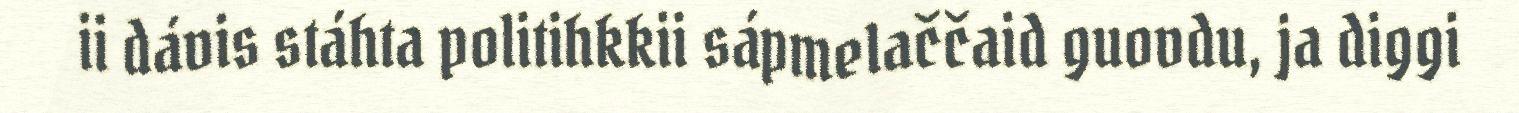
ii dávis stáhta politihkkii sápmelaččaid guovdu, ja diggi